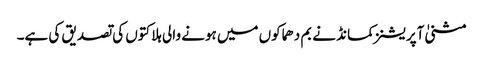
مثنیٰ آپریشنز کمانڈ نے بم دھماکوں میں ہونے والی ہلاکتوں کی تصدیق کی ہے۔